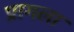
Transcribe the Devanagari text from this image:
प्रागला